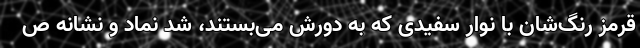
قرمز رنگ‌شان با نوار سفیدی که به دورش می‌بستند، شد نماد و نشانه ص